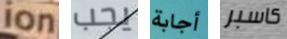
ion يجب أجابة كاسبر